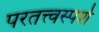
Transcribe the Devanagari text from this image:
परतत्त्वस्पर्श